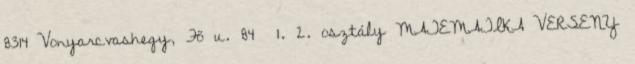
8314 Vonyarcvashegy, Fő u. 84 1. 2. osztály MATEMATIKA VERSENY